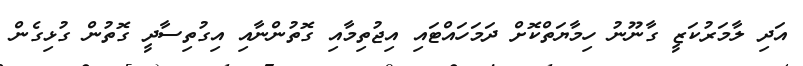
އަދި ލާމަރުކަޒީ ގާނޫނު ހިމާޔަތްކޮށް ދަމަހައްޓައި އިޖުތިމާއި ގޮތުންނާއި އިގުތިސާދީ ގޮތުން ގުޅިގެން